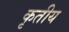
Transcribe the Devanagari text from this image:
कृतीय